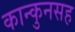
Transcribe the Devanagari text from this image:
कान्कुनसह